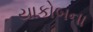
યાકોબના